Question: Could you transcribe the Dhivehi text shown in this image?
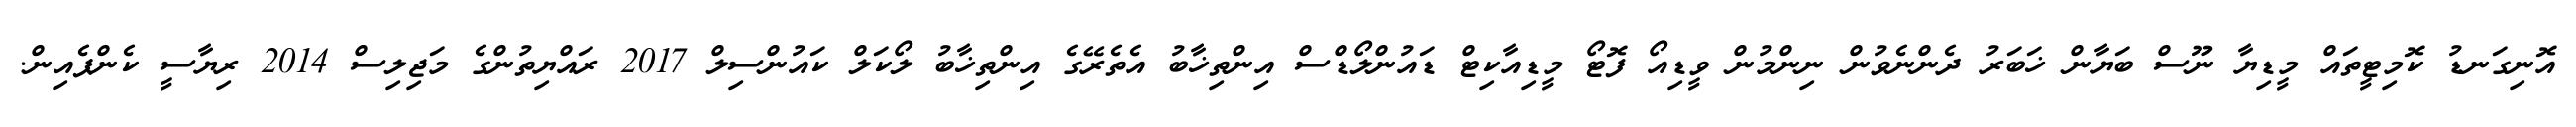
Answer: އޮނިގަނޑު ކޮމިޓީތައް މީޑިޔާ ނޫސް ބަޔާން ޚަބަރު ދެންނެވުން ނިންމުން ވީޑިއޯ ފޮޓޯ މީޑިއާކިޓް ޑައުންލޯޑްސް އިންތިޚާބު އެތެރޭގެ އިންތިޚާބު ލޯކަލް ކައުންސިލް 2017 ރައްޔިތުންގެ މަޖިލިސް 2014 ރިޔާސީ ކެންޕެއިން.